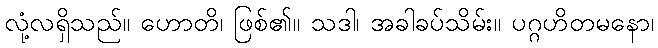
လုံ့လရှိသည်။ ဟောတိ၊ ဖြစ်၏။ သဒါ၊ အခါခပ်သိမ်း။ ပဂ္ဂဟိတမနော၊